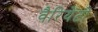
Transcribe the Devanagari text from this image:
वैरियेंटों